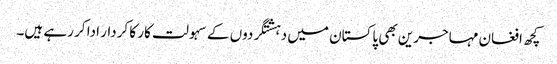
کچھ افغان مہاجرین بھی پاکستان میں دہشتگردوں کے سہولت کار کا کردار ادا کر رہے ہیں۔